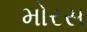
મોરસ